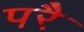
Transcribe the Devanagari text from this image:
परेै